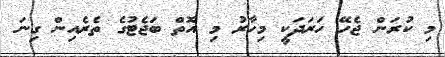
މި ކުރަން ޖެހޭ ހަރަދަކީ މިހާރު މި އޮތް ބަޖެޓުގެ ތެރެއިން ގިނަ